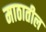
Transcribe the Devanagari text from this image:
माठातील